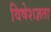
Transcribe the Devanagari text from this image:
विषेशज्ञता